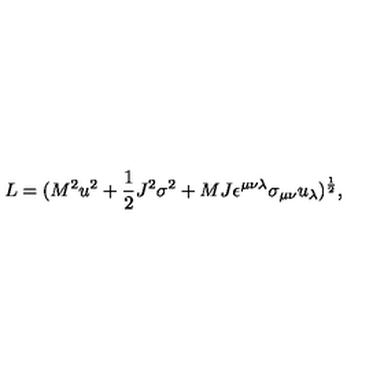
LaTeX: L = ( M ^ { 2 } u ^ { 2 } + { \frac { 1 } { 2 } } J ^ { 2 } \sigma ^ { 2 } + M J \epsilon ^ { \mu \nu \lambda } \sigma _ { \mu \nu } u _ { \lambda } ) ^ { \frac { 1 } { 2 } } ,